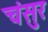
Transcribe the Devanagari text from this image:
चंसुर